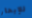
للإبحار